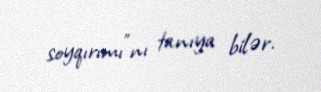
soyqırımı”nı tanıya bilər.